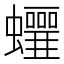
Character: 𧕁